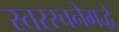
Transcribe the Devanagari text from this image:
स्तररचनेमद्धे